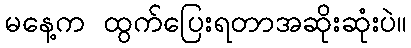
မနေ့က ထွက်ပြေးရတာအဆိုးဆုံးပဲ။